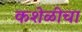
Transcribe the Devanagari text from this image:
कशेळीचा